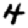
Digit: 4